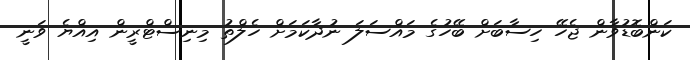
ކަންބޮޑުވާން ޖެހޭ ހިސާބަށް ބޭހުގެ މައްސަލަ ނުދާކަމަށް ހެލްތު މިނިސްޓްރީން އިއްޔެ ވަނީ